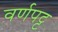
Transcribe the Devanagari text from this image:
वर्णपट्ट